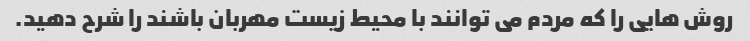
روش هایی را که مردم می توانند با محیط زیست مهربان باشند را شرح دهید.